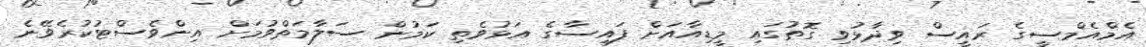
އެމްއެމްސީގެ ރައީސް ވިދާޅުވި ގޮތުގައި މީޑިއާއަށް ފައިސާގެ އަޅުވެތި ކަމުން ސަލާމަތްވުމަށް އިންވެސްޓުކުރެވޭނެ